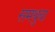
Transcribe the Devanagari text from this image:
समथुवा